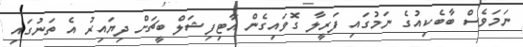
ނަމަވެސް ބާބެކިއުގެ ނަމުގައި ފަރީލާ ގޮވައިގެން އާޓިފިޝަލް ބީޗަށް ދިޔައިރު އެ ތަނުގައި